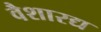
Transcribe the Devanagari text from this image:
वैशारद्य